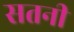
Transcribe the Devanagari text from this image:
सतनी